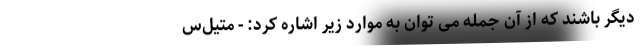
دیگر باشند که از آن جمله می توان به موارد زیر اشاره کرد: - متیل‌س